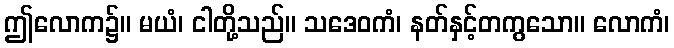
ဤလောက၌။ မယံ၊ ငါတို့သည်။ သဒေဝကံ၊ နတ်နှင့်တကွသော။ လောကံ၊